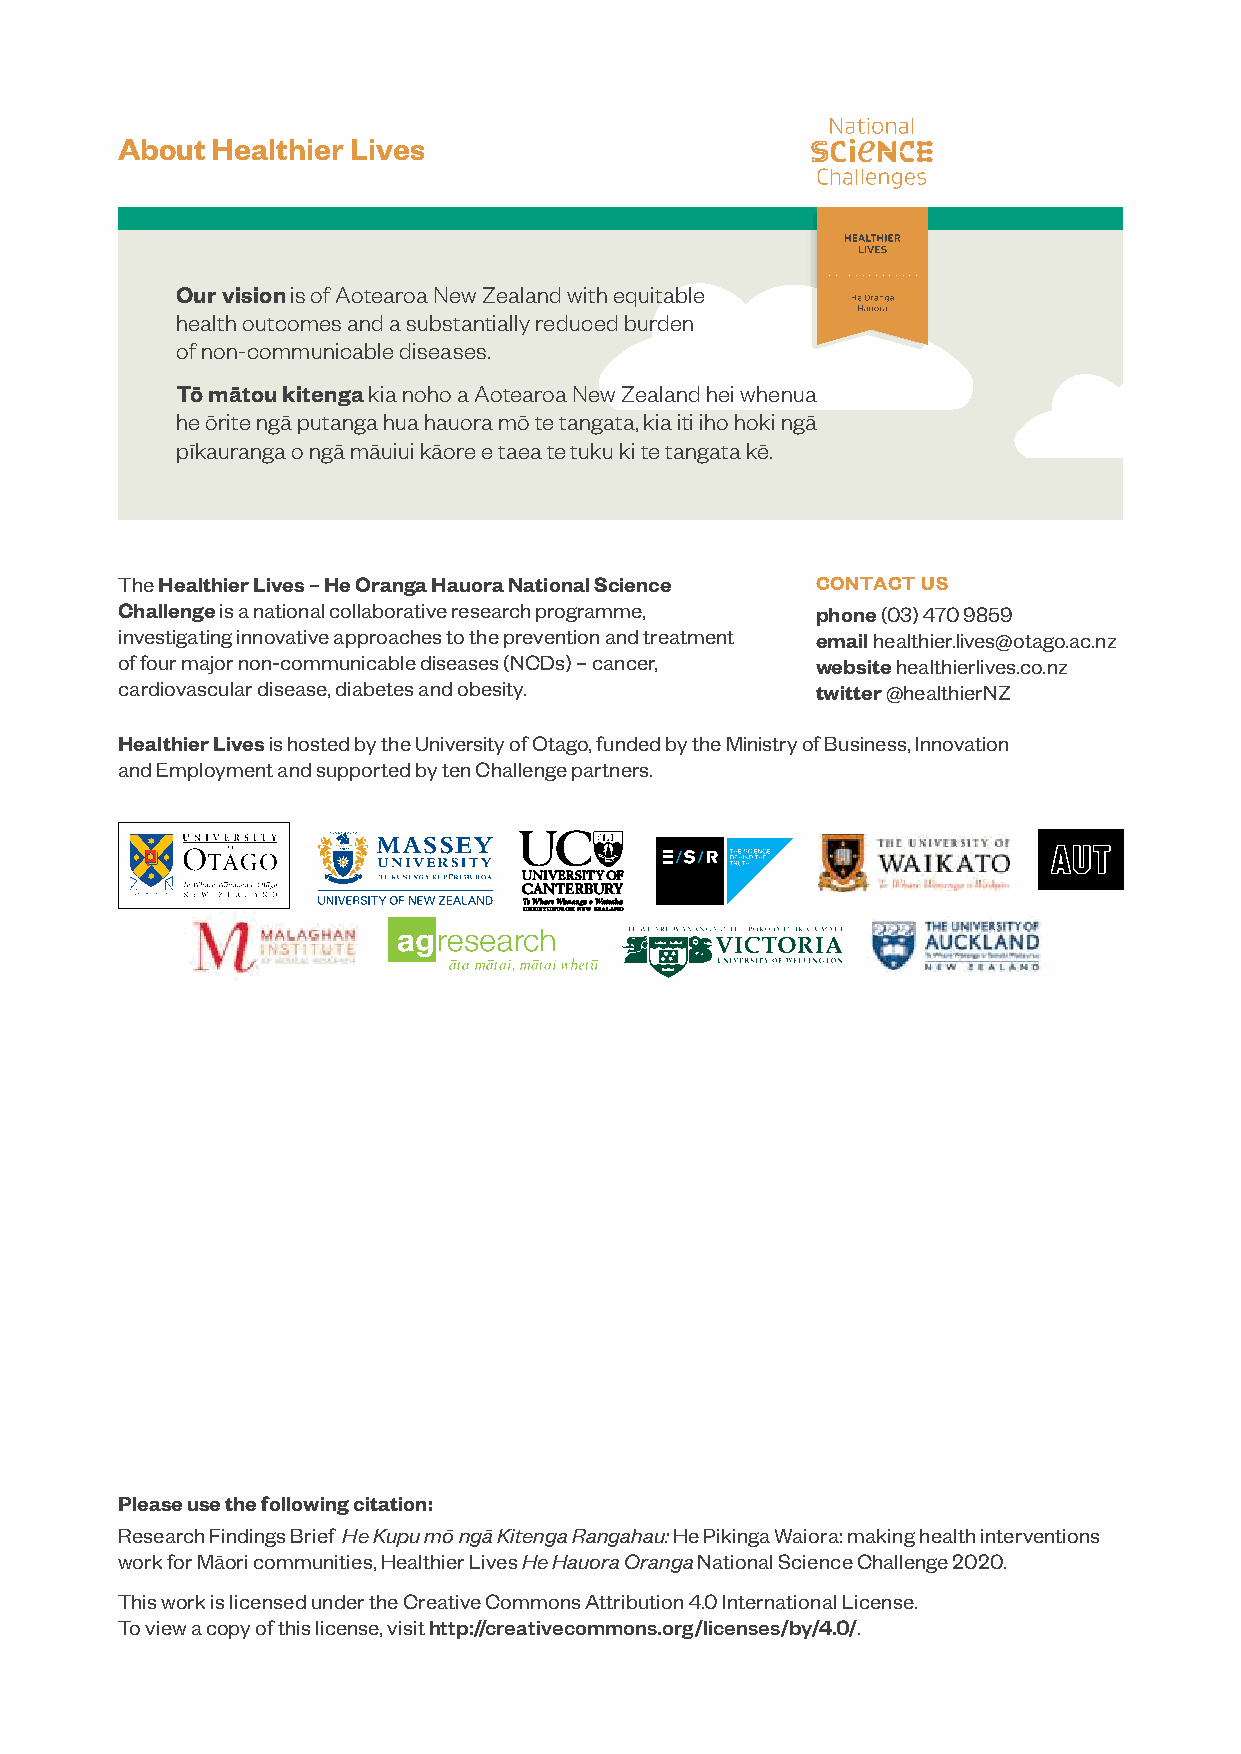
About Healthier Lives
 Our vision is of Aotearoa New Zealand with equitable
 health outcomes and a substantially reduced burden
 of non-communicable diseases.
 Tō mātou kitenga kia noho a Aotearoa New Zealand hei whenua
 he ōrite ngā putanga hua hauora mō te tangata, kia iti iho hoki ngā
 pīkauranga o ngā māuiui kāore e taea te tuku ki te tangata kē.
 The Healthier Lives – He Oranga Hauora National Science CONTACT US
 Challenge is a national collaborative research programme, phone (03) 470 9859
 investigating innovative approaches to the prevention and treatment email healthier.lives@otago.ac.nz
 of four major non-communicable diseases (NCDs) – cancer, website healthierlives.co.nz
 cardiovascular disease, diabetes and obesity. twitter @healthierNZ
 Healthier Lives is hosted by the University of Otago, funded by the Ministry of Business, Innovation
 and Employment and supported by ten Challenge partners.
 Please use the following citation:
 Research Findings Brief He Kupu mō ngā Kitenga Rangahau: He Pikinga Waiora: making health interventions
 work for Māori communities, Healthier Lives He Hauora Oranga National Science Challenge 2020.
 This work is licensed under the Creative Commons Attribution 4.0 International License.
 To view a copy of this license, visit http://creativecommons.org/licenses/by/4.0/.